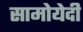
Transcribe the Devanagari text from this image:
सामोयेदी